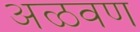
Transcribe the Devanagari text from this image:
अळवण